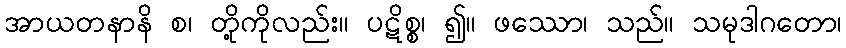
အာယတနာနိ စ၊ တို့ကိုလည်း။ ပဋိစ္စ၊ ၍။ ဖဿော၊ သည်။ သမုဒါဂတော၊